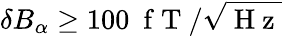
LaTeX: \delta B_{\alpha}\geq 100~\mathrm{~f~T~}/\sqrt{\mathrm{~H~z~}}